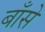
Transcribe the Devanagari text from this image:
बाँसे